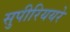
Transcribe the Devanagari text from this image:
सुपीरिययरे